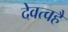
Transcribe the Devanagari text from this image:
देवत्वहै